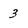
Character: 3